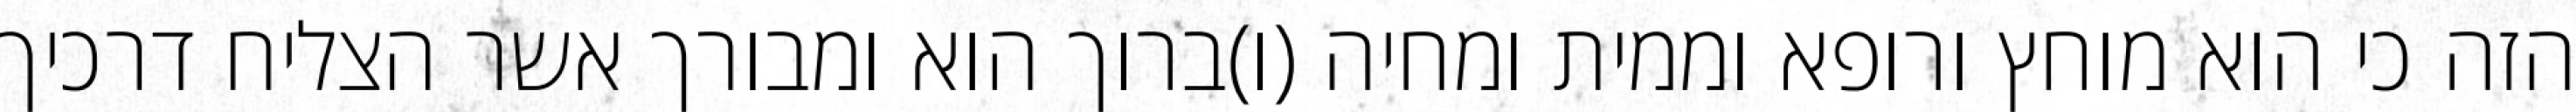
הזה כי הוא מוחץ ורופא וממית ומחיה (ו)ברוך הוא ומבורך אשר הצליח דרכיך